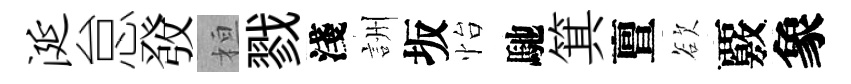
涎怠𤼲桓戮淺詶坂怡馳箕亶欲覈象